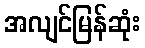
အလျင်မြန်ဆုံး